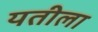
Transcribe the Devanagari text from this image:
यतीला